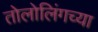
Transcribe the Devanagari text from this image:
तोलोलिंगच्या